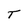
Character: T